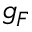
g _ { F }